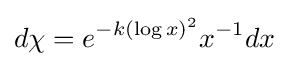
d\chi =e^{-k(\log x)^{2}}x^{-1}dx